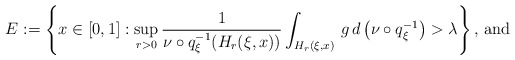
\begin{align*}E := \left\{ x \in [0,1] : \sup _{r > 0} \frac{1}{ \nu \circ q _\xi ^{-1} ( H _r ( \xi , x ))} \int _{H _r ( \xi , x )} \, g \, d \left( \nu \circ q _\xi ^{-1} \right) > \lambda \right\} \mbox{, and}\end{align*}